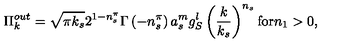
\Pi _ { k } ^ { o u t } = \sqrt { \pi k _ { s } } 2 ^ { 1 - n _ { s } ^ { \pi } } \Gamma \left( - n _ { s } ^ { \pi } \right) a _ { s } ^ { m } g _ { S } ^ { l } \left( \frac k { k _ { s } } \right) ^ { n _ { s } } \mathrm { f o r } n _ { 1 } > 0 ,